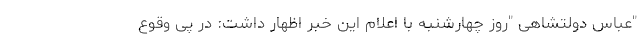
"عباس دولتشاهی "روز چهارشنبه با اعلام این خبر اظهار داشت: در پی وقوع